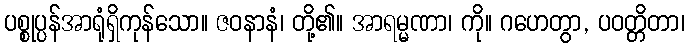
ပစ္စုပ္ပန်အာရုံရှိကုန်သော။ ဇဝနာနံ၊ တို့၏။ အာရမ္မဏာ၊ ကို။ ဂဟေတွာ, ပဝတ္တိတာ၊